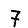
Digit: 7